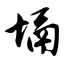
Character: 塥